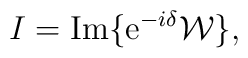
I={\mathrm{Im}}\{{\mathrm e}^{-i\delta}{\cal W}\},